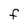
Character: F